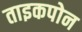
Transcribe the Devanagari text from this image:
ताइकपोन